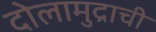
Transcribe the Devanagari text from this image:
दोलामुद्राची